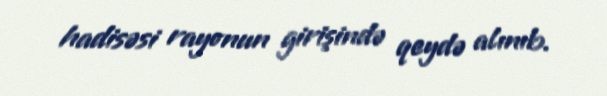
hadisəsi rayonun girişində qeydə alınıb.